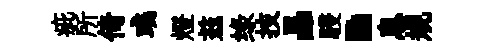
疵所倚彧燈兹绿技晶駸·息規